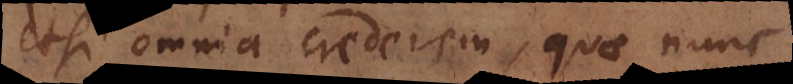
etsi omnia crederem, quae nunc